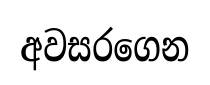
අවසරගෙන